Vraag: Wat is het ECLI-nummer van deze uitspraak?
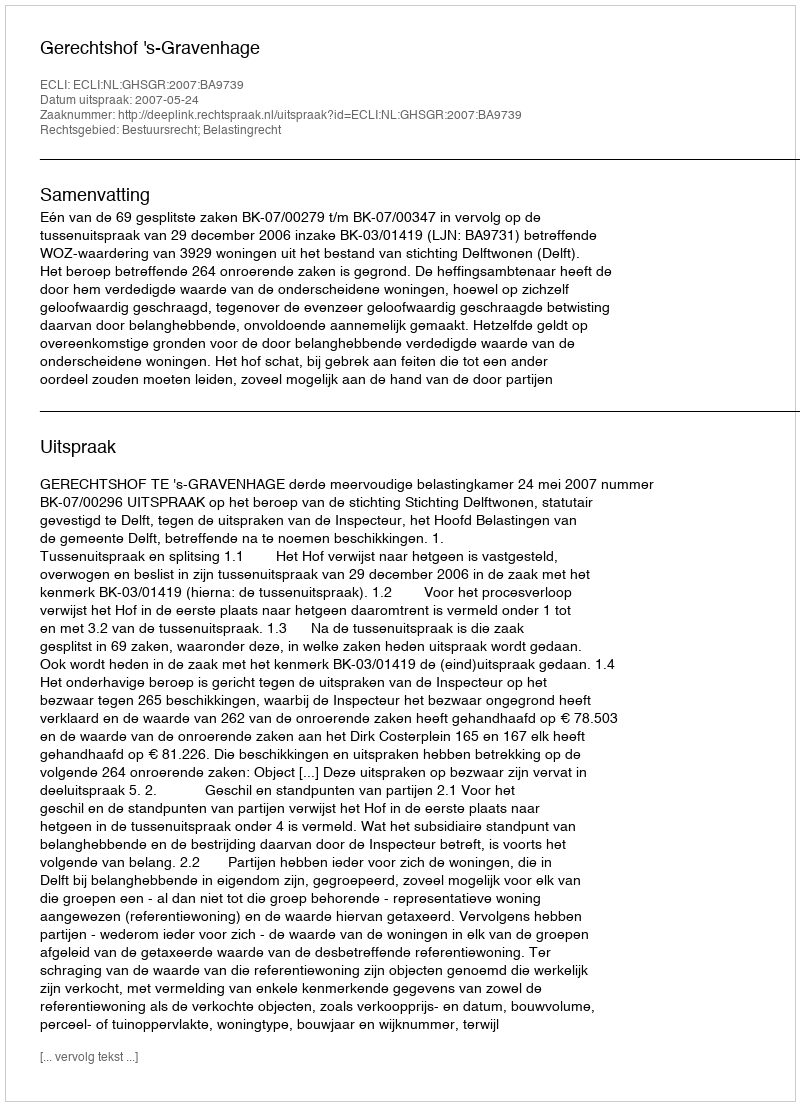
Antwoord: ECLI:NL:GHSGR:2007:BA9739